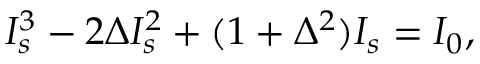
\begin{array} { r } { I _ { s } ^ { 3 } - 2 \Delta I _ { s } ^ { 2 } + ( 1 + \Delta ^ { 2 } ) I _ { s } = I _ { 0 } , } \end{array}